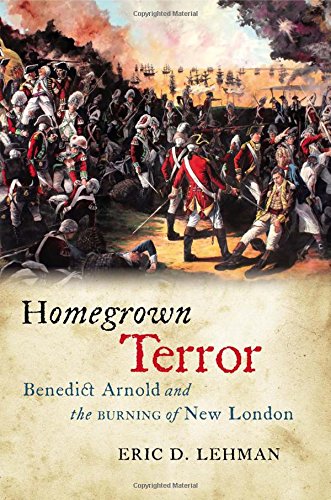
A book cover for Homegrown Terror: Benedict Arnold and the Burning of New London (The Driftless Connecticut Series & Garnet Books); Eric D. Lehman; Biographies & Memoirs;